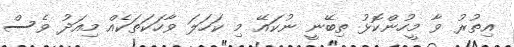
އިތުރު ވާ މީހުންކޮޅު ތިބޭނީ ނުކައޭ މި ކަހަލަ ވާހަކަތަކެއް މިއަދު ވެސް